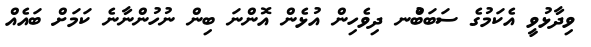
ވިދާޅުވީ އެކަމުގެ ސަބަބުްނ ދިވެހިން އުޅެން އޮންނަ ބިން ނުހުންނާނެ ކަމަށް ބައެއް